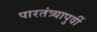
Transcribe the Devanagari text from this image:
पारतंत्र्यापुर्वी